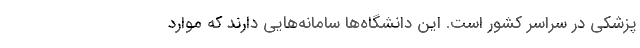
پزشکی در سراسر کشور است. این دانشگاه‌ها سامانه‌هایی دارند که موارد